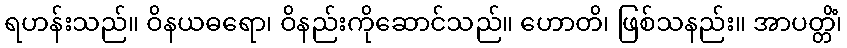
ရဟန်းသည်။ ဝိနယဓရော၊ ဝိနည်းကိုဆောင်သည်။ ဟောတိ၊ ဖြစ်သနည်း။ အာပတ္တိံ၊